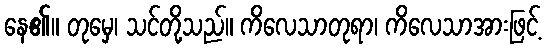
နေ၏။ တုမှေ၊ သင်တို့သည်။ ကိလေသာတုရာ၊ ကိလေသာအားဖြင့်